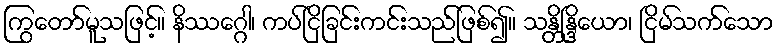
ကြွတော်မူသဖြင့်။ နိဿဂ္ဂေါ၊ ကပ်ငြိခြင်းကင်းသည်ဖြစ်၍။ သန္တိန္ဒြိယော၊ ငြိမ်သက်သော